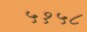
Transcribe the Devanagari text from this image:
५१५८